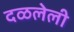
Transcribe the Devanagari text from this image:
दळलेली